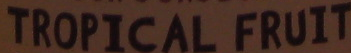
TROPICAL FRUIT